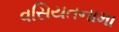
વસિયતનામા